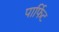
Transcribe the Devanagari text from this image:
पार्फिट